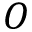
O